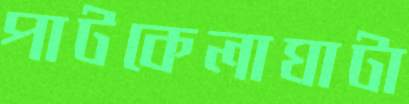
পাটকেলাঘাটা